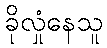
ခိုလှုံနေသူ